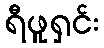
ရီဖူရှင်း